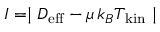
{ \cal I } = \mid D _ { \mathrm { e f f } } - \mu \, k _ { B } T _ { \mathrm { k i n } } \mid